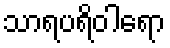
သာရပရိဝါရော